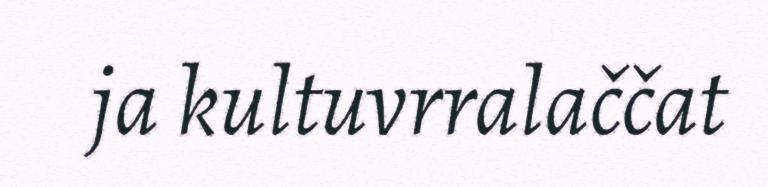
ja kultuvrralaččat